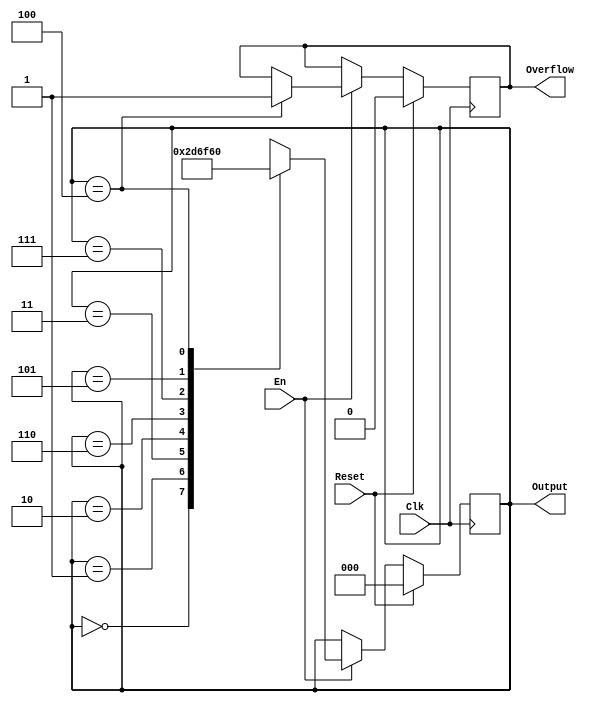
`timescale 1ns / 1ps
//////////////////////////////////////////////////////////////////////////////////
// Company: 
// Engineer: 
// 
// Design Name: 
// Module Name:    gray 
// Project Name: 
// Target Devices: 
// Tool versions: 
// Description: 
//
// Dependencies: 
//
// Revision: 
// Revision 0.01 - File Created
// Additional Comments: 
//
//////////////////////////////////////////////////////////////////////////////////
module gray(
    input Clk,
    input Reset,
    input En,
    output reg Overflow,
    output [2:0] Output
    );
	 
	 reg [2:0] cnt;
	 
	 assign Output = cnt;
	 
	 initial begin
	     cnt = 3'd0;
		  Overflow = 1'b0;
	 end
	 
	 always @(posedge Clk) begin
	     if (Reset == 1'b1) begin
		      Overflow <= 1'b0;
				cnt <= 3'd0;
		  end else begin
		      if (En == 1'b0) cnt <= cnt;
				else begin
				    case(cnt)
					     3'b000 : cnt <= 3'b001;
						  3'b001 : cnt <= 3'b011;
						  3'b011 : cnt <= 3'b010;
						  3'b010 : cnt <= 3'b110;
						  3'b110 : cnt <= 3'b111;
						  3'b111 : cnt <= 3'b101;
						  3'b101 : cnt <= 3'b100;
						  3'b100 : begin
						      Overflow <= 1'b1;
								cnt <= 3'b000;
						  end
						  default : cnt <= 3'd0;
					 endcase
				end
		  end
		  
	 end
	 

endmodule